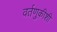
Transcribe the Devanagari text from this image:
वर्तणुकीशी